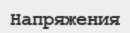
Напряжения